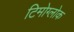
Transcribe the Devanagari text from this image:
टिमोग्लोक